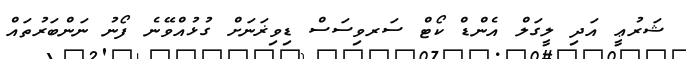
ޝަރުޢީ އަދި ލީގަލް އެންޑް ކޯޓް ސަރވިސަސް ޑިވިޜަނަށް ގުޅުއްވޭނެ ފޯނު ނަންބަރުތައް